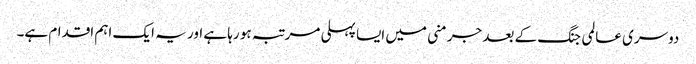
دوسری عالمی جنگ کے بعد جرمنی میں ایسا پہلی مرتبہ ہو رہا ہے اور یہ ایک اہم اقدام ہے۔